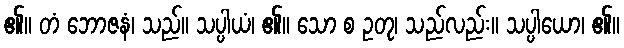
၏။ တံ ဘောဇနံ၊ သည်။ သပ္ပါယံ၊ ၏။ သော စ ဥတု၊ သည်လည်း။ သပ္ပါယော၊ ၏။